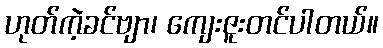
ဟုတ်ကဲ့ခင်ဗျာ၊ ကျေးဇူးတင်ပါတယ်။